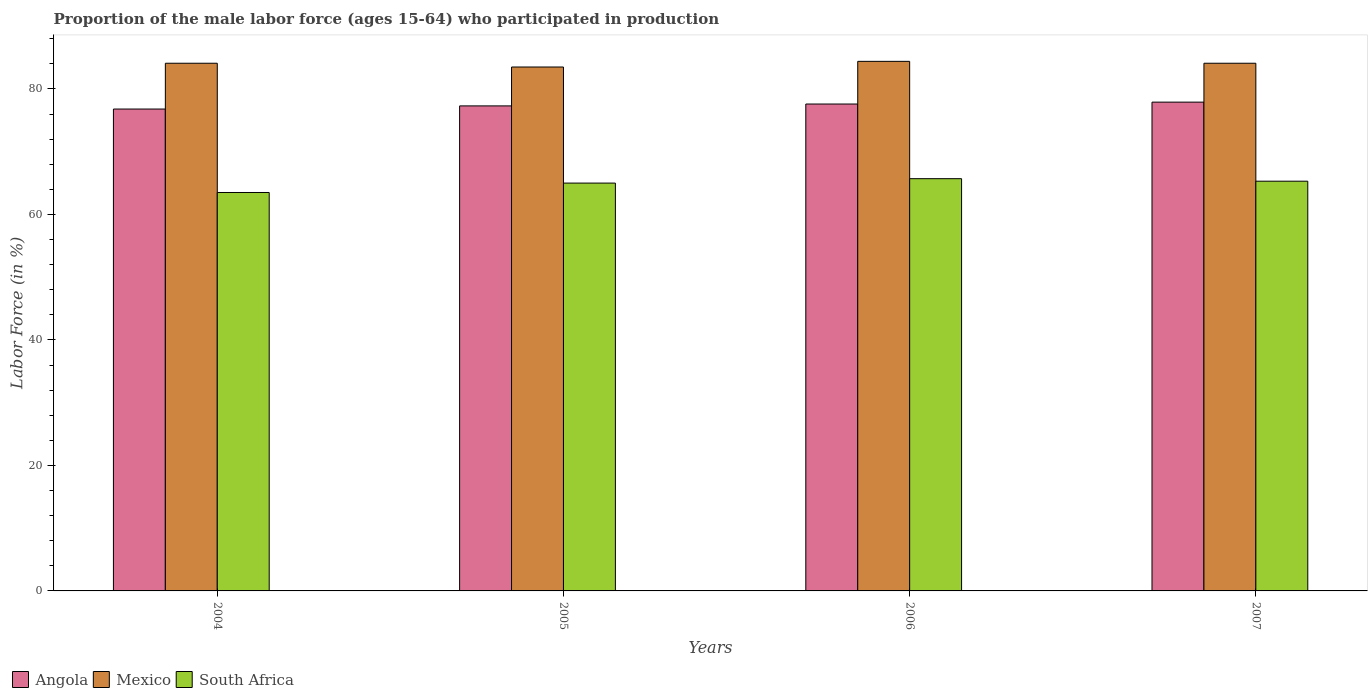
| Years | Angola | Mexico | South Africa |
 | --- | --- | --- | --- |
 | 2004 | 76.8 | 84.1 | 63.5 |
 | 2005 | 77.3 | 83.5 | 65 |
 | 2006 | 77.6 | 84.4 | 65.7 |
 | 2007 | 77.9 | 84.1 | 65.3 |